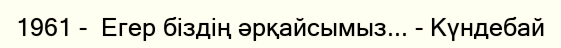
1961 -  Егер біздің әрқайсымыз... - Күндебай